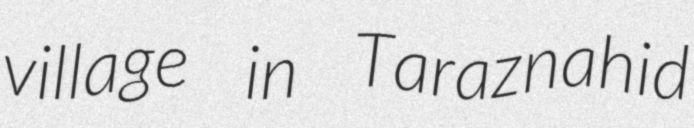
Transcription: village in Taraznahid